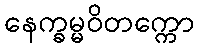
နေက္ခမ္မဝိတက္ကော